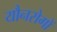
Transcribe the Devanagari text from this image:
यौनरोगों